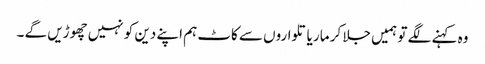
وہ کہنے لگے تو ہمیں جلا کر مار یا تلواروں سے کاٹ ہم اپنے دین کو نہیں چھوڑیں گے ۔